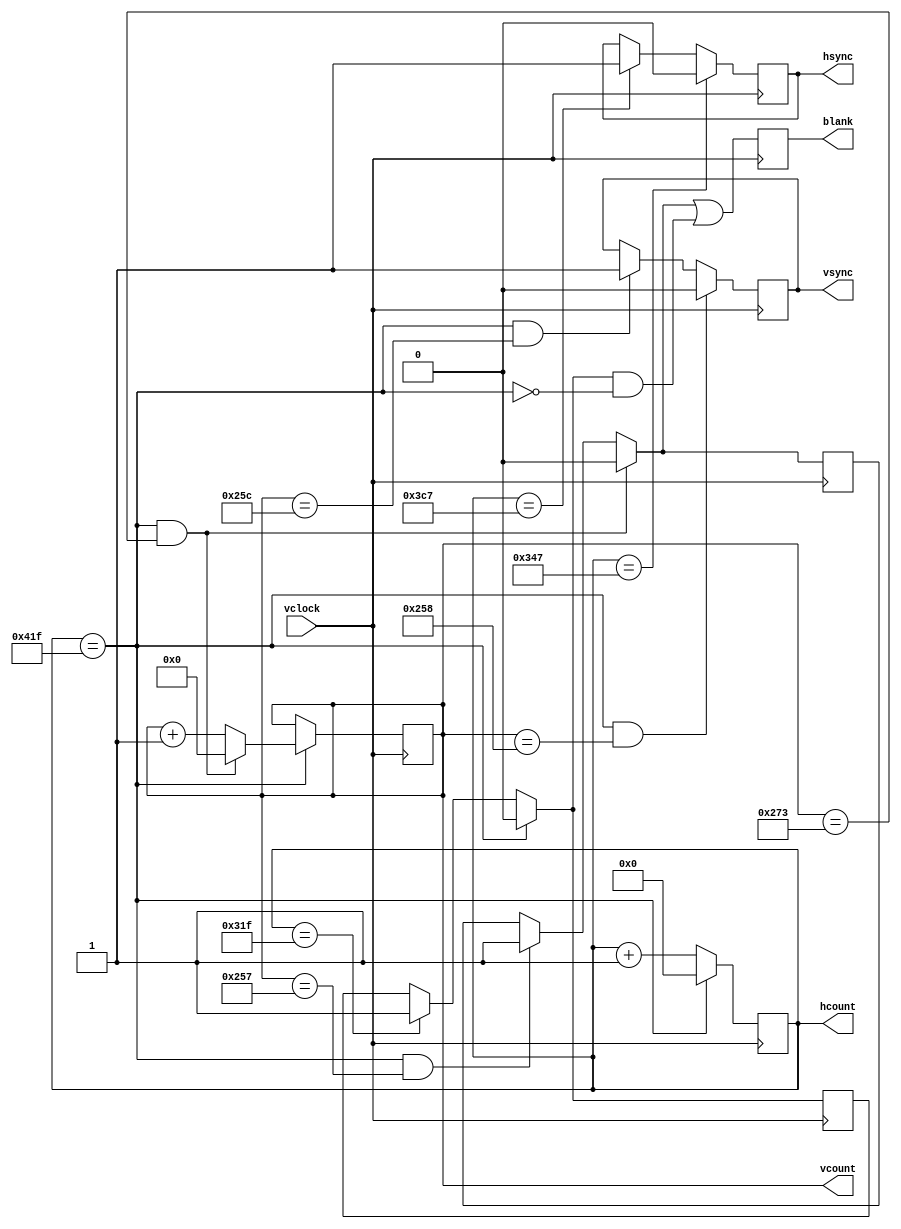
///////////////////////////////////////////////////////////////////////////////
// xvga: Generate XVGA display signals (800 x 600 @ 60Hz)

module xvga(vclock,hcount,vcount,hsync,vsync,blank);
   input vclock;
   output [10:0] hcount;
   output [9:0] vcount;
   output 	vsync;
   output 	hsync;
   output 	blank;

   reg 	  hsync,vsync,hblank,vblank,blank;
   reg [10:0] 	 hcount;    // pixel number on current line
   reg [9:0] vcount;	 // line number

   // horizontal: 1056 pixels total
   // display 800 pixels per line
   wire      hsyncon,hsyncoff,hreset,hblankon;
   assign    hblankon = (hcount == 799);    
   assign    hsyncon = (hcount == 839);
   assign    hsyncoff = (hcount == 967);
   assign    hreset = (hcount == 1055);

   // vertical: 628 lines total
   // display 600 lines
   wire      vsyncon,vsyncoff,vreset,vblankon;
   assign    vblankon = hreset & (vcount == 599);
   assign    vsyncon = hreset & (vcount == 600);
   assign    vsyncoff = hreset & (vcount == 604);
   assign    vreset = hreset & (vcount == 627);

   // sync and blanking
   wire      next_hblank,next_vblank;
   assign next_hblank = hreset ? 0 : hblankon ? 1 : hblank;
   assign next_vblank = vreset ? 0 : vblankon ? 1 : vblank;
   always @(posedge vclock) begin
      hcount <= hreset ? 0 : hcount + 1;
      hblank <= next_hblank;
      hsync <= hsyncon ? 0 : hsyncoff ? 1 : hsync;  // active low

      vcount <= hreset ? (vreset ? 0 : vcount + 1) : vcount;
      vblank <= next_vblank;
      vsync <= vsyncon ? 0 : vsyncoff ? 1 : vsync;  // active low

      blank <= next_vblank | (next_hblank & ~hreset);
   end
endmodule

/*///////////////////////////////////////////////////////////////////////////////
// xvga: Generate XVGA display signals (1024 x 768 @ 60Hz)

module xvga(vclock,hcount,vcount,hsync,vsync,blank);
   input vclock;
   output [10:0] hcount;
   output [9:0] vcount;
   output 	vsync;
   output 	hsync;
   output 	blank;

   reg 	  hsync,vsync,hblank,vblank,blank;
   reg [10:0] 	 hcount;    // pixel number on current line
   reg [9:0] vcount;	 // line number

   // horizontal: 1344 pixels total
   // display 1024 pixels per line
   wire      hsyncon,hsyncoff,hreset,hblankon;
   assign    hblankon = (hcount == 1023);    
   assign    hsyncon = (hcount == 1047);
   assign    hsyncoff = (hcount == 1183);
   assign    hreset = (hcount == 1343);

   // vertical: 806 lines total
   // display 768 lines
   wire      vsyncon,vsyncoff,vreset,vblankon;
   assign    vblankon = hreset & (vcount == 767);    
   assign    vsyncon = hreset & (vcount == 776);
   assign    vsyncoff = hreset & (vcount == 782);
   assign    vreset = hreset & (vcount == 805);

   // sync and blanking
   wire      next_hblank,next_vblank;
   assign next_hblank = hreset ? 0 : hblankon ? 1 : hblank;
   assign next_vblank = vreset ? 0 : vblankon ? 1 : vblank;
   always @(posedge vclock) begin
      hcount <= hreset ? 0 : hcount + 1;
      hblank <= next_hblank;
      hsync <= hsyncon ? 0 : hsyncoff ? 1 : hsync;  // active low

      vcount <= hreset ? (vreset ? 0 : vcount + 1) : vcount;
      vblank <= next_vblank;
      vsync <= vsyncon ? 0 : vsyncoff ? 1 : vsync;  // active low

      blank <= next_vblank | (next_hblank & ~hreset);
   end
endmodule*/